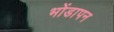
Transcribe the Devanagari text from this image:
भोंडापन